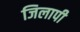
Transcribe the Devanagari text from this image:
जिलापी